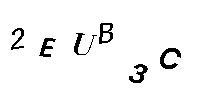
2EUB3C